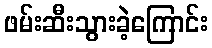
ဖမ်းဆီးသွားခဲ့ကြောင်း